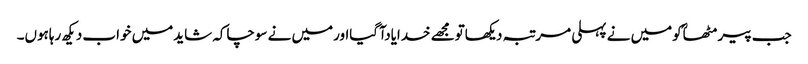
جب پیرمٹھاؒکومیں نے پہلی مرتبہ دیکھاتومجھے خدایادآگیااورمیں نے سوچاکہ شایدمیں خواب دیکھ رہاہوں۔